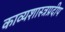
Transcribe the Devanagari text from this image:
काव्यशास्त्रप्रदीप